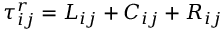
\tau _ { i j } ^ { r } = L _ { i j } + C _ { i j } + R _ { i j }